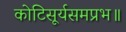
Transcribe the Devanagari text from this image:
कोटिसूर्यसमप्रभ॥